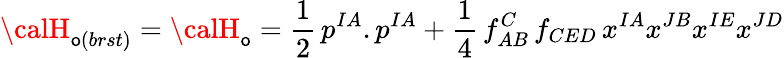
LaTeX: {\calH}_{\mathsf{o}(brst)}={\calH}_{\mathsf{o}}=\frac{{1}}{{2}}\, p^{IA}.p^{IA}+\frac{{1}}{{4}}\, f_{AB}^{C}\, f_{CED}\, x^{IA}x^{JB}x^{IE}x^{JD}